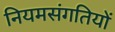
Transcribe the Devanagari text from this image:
नियमसंगतियों